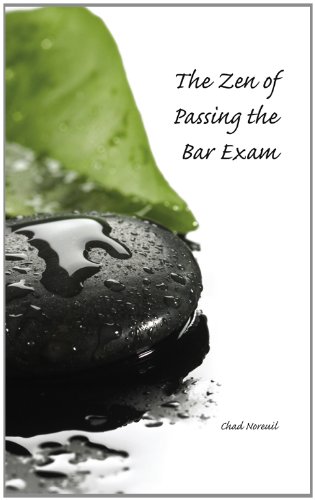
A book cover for The Zen of Passing the Bar Exam; Chad Noreuil; Test Preparation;